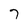
Character: 7